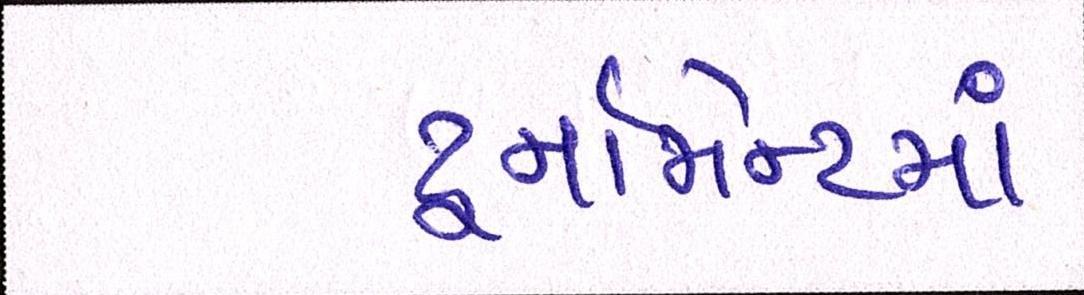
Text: ટૂર્નામેન્ટમાં